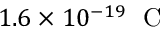
1 . 6 \times 1 0 ^ { - 1 9 } \ \mathrm { ~ C ~ }